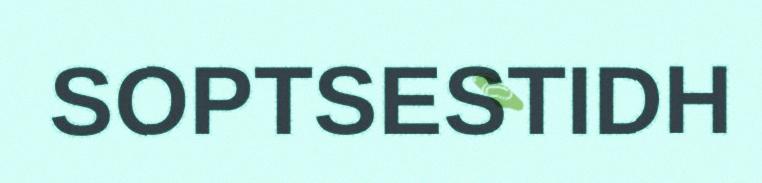
SOPTSESTIDH